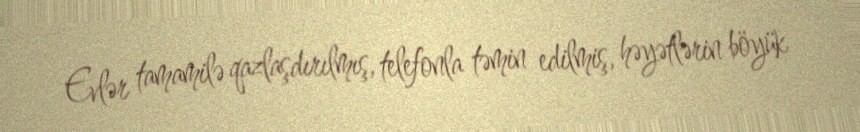
Evlər tamamilə qazlaşdırılmış, telefonla təmin edilmiş, həyətlərin böyük